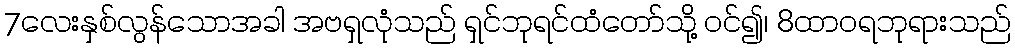
7လေးနှစ်လွန်သောအခါ အဗရှလုံသည် ရှင်ဘုရင်ထံတော်သို့ ဝင်၍၊ 8ထာဝရဘုရားသည်